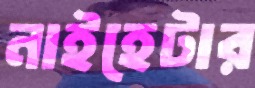
নাইহেটার